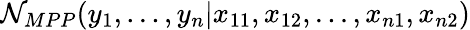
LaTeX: \mathcal{N}_{MPP}(y_{1},...,y_{n}\vert x_{11},x_{12},...,x_{n1},x_{n2})